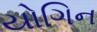
યોગિન